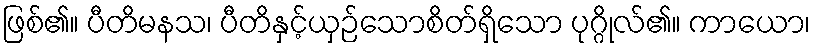
ဖြစ်၏။ ပီတိမနသ၊ ပီတိနှင့်ယှဉ်သောစိတ်ရှိသော ပုဂ္ဂိုလ်၏။ ကာယော၊